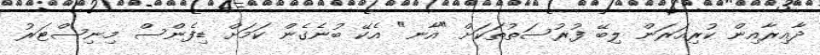
ދާއިރާއިން ކުރިއަރަން ލިބޭ ފުރުސަތުތަކަށް "އާނ" އެކޭ ބުނެގެން ކަމަށް ޑިފެންސް މިނިސްޓަރު